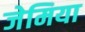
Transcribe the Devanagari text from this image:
जेमिया